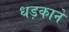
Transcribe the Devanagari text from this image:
धड़काने